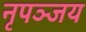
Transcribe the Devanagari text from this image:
नृपञ्जय